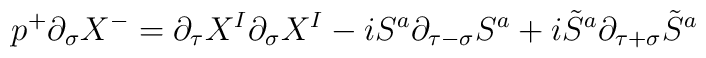
p^+ \partial_\sigma X^- = \partial_\tau X^I \partial_\sigma X^I - i S^a\partial_{\tau-\sigma} S^a+  i\tilde S^a \partial_{\tau  +  \sigma} \tilde S^a